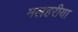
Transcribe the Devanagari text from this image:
मलहरीया